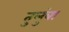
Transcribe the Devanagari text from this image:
तुलुंबा